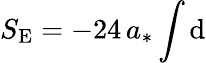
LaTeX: S_{\mathrm{E}}=-24\, a_{*}\int\mathrm{d}